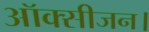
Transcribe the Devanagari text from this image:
ऑक्सीजन।